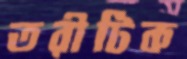
তরীটিক